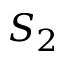
S _ { 2 }